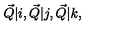
\vec { Q } \vert i , \vec { Q } \vert j , \vec { Q } \vert k ,